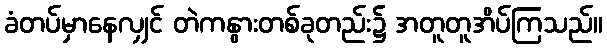
ခံတပ်မှာနေလျှင် တဲကနွားတစ်ခုတည်း၌ အတူတူအိပ်ကြသည်။